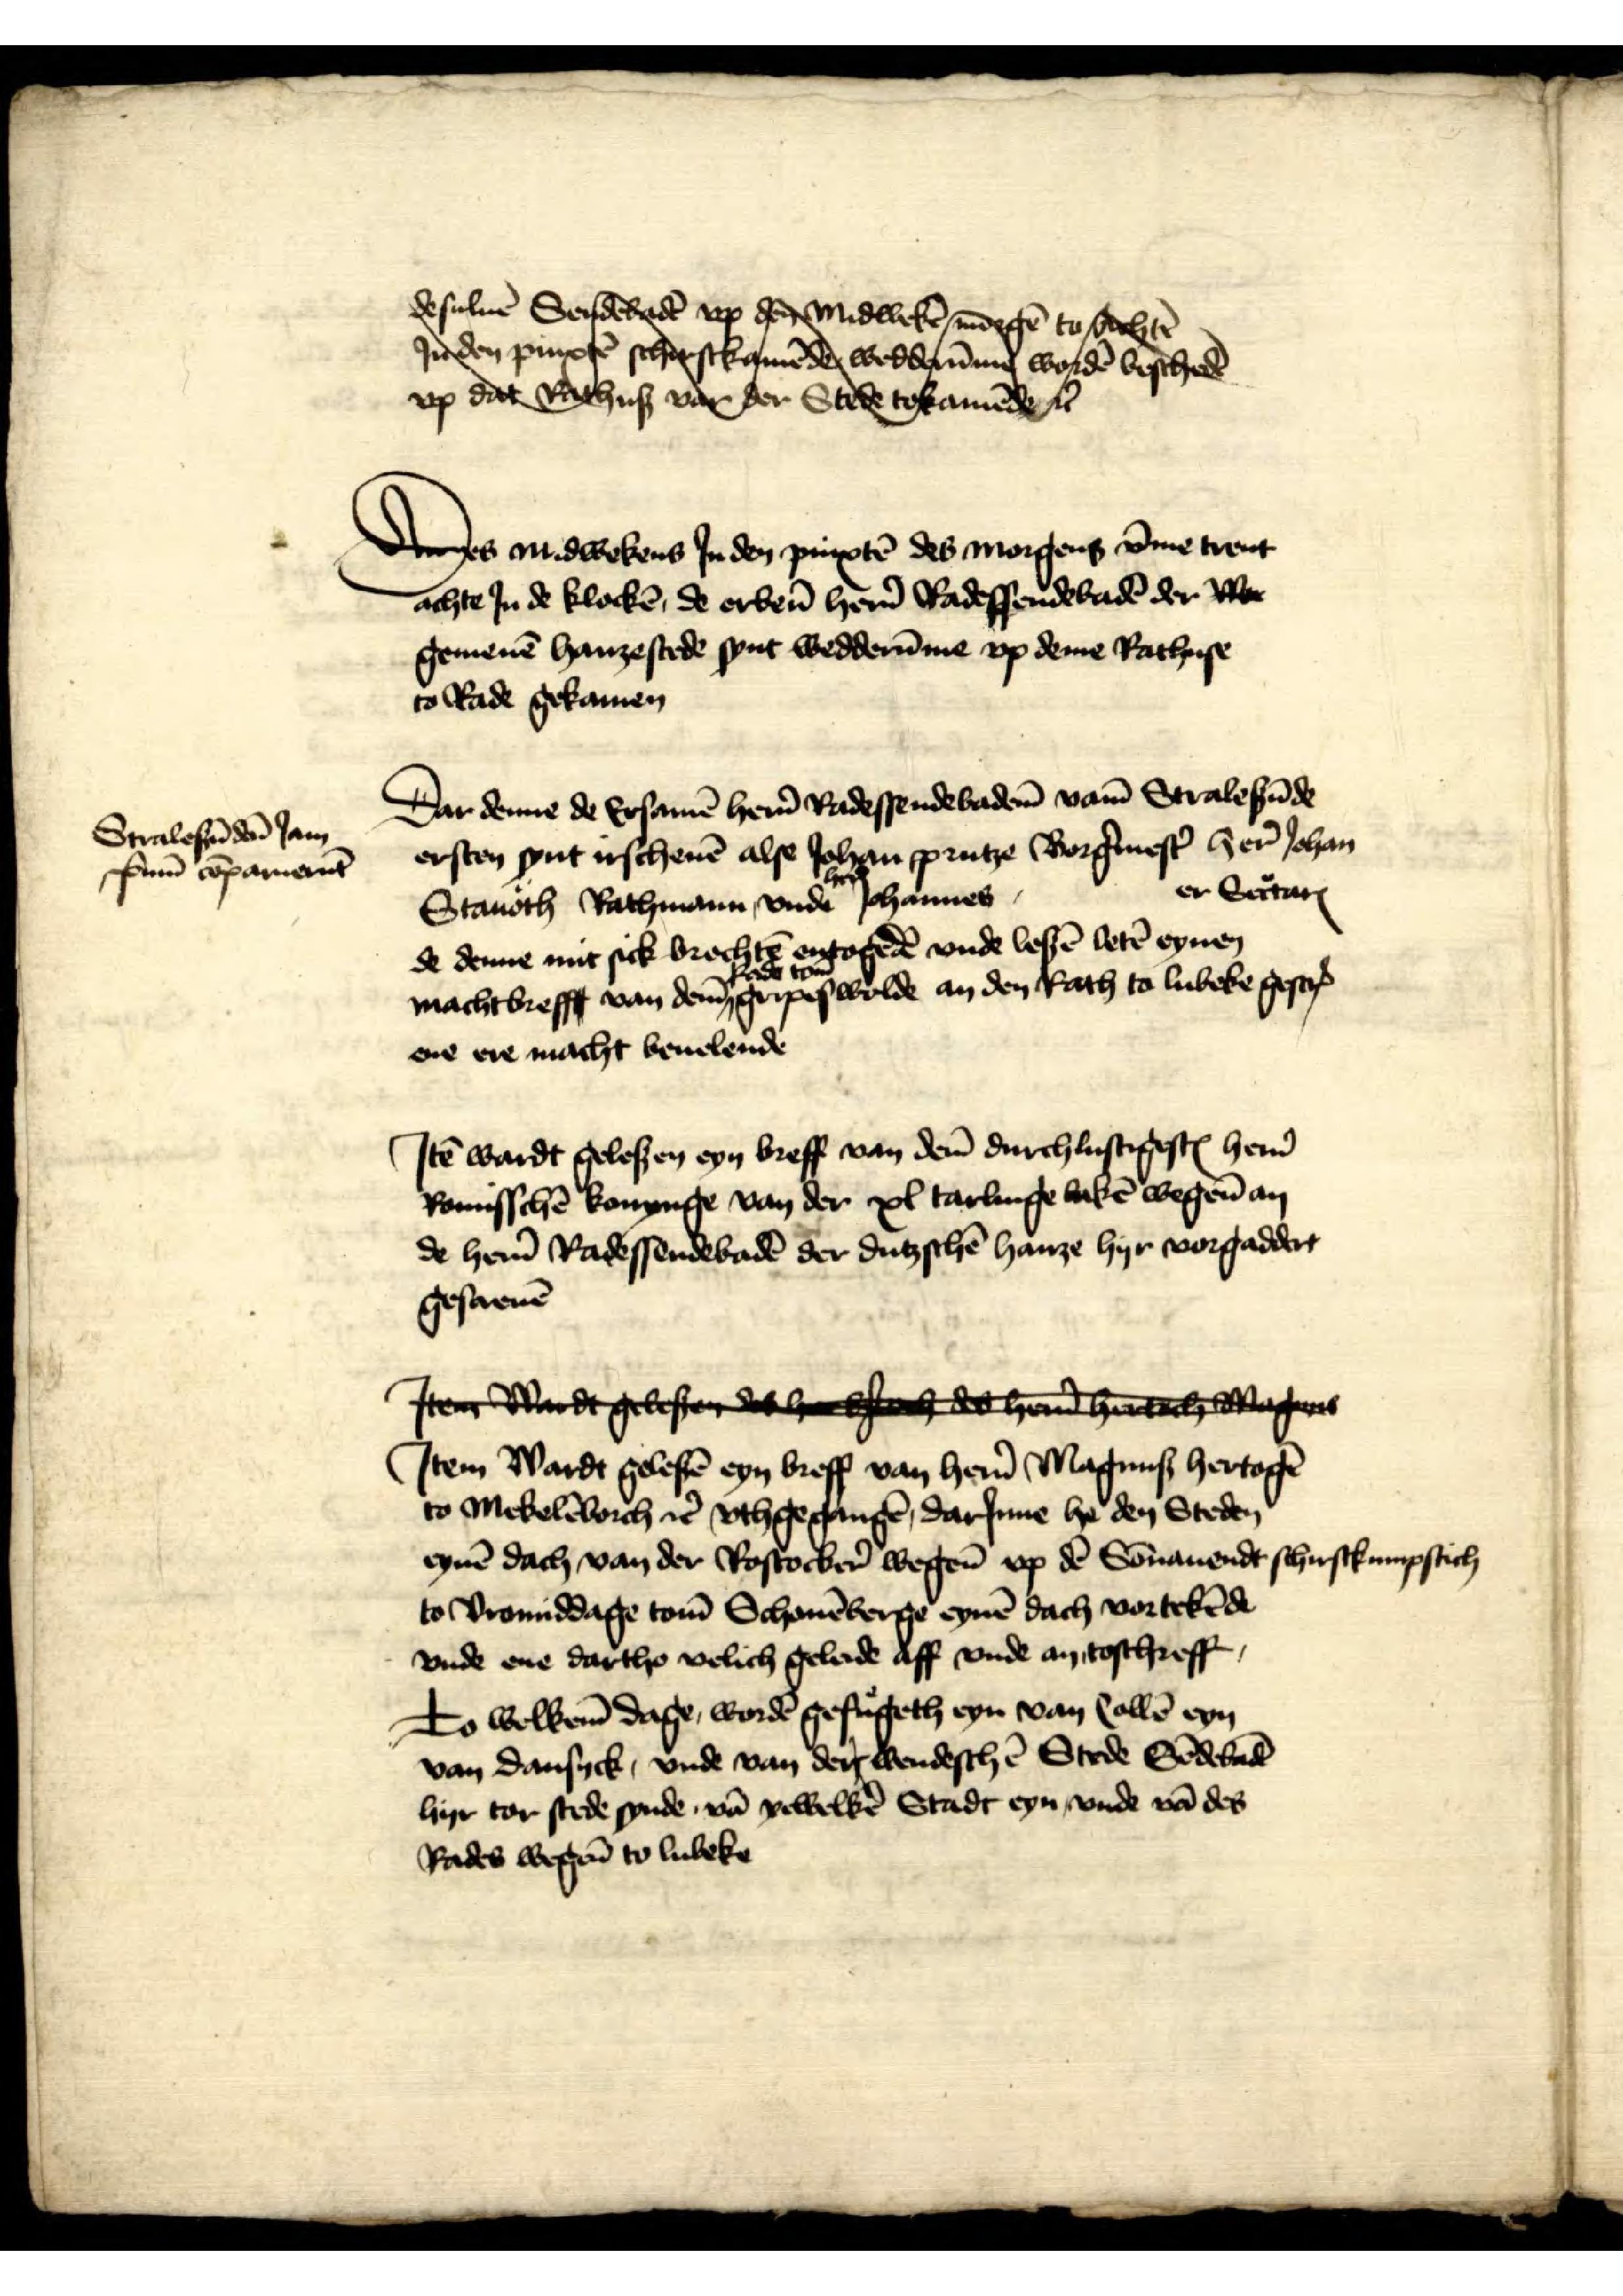
desuluē Seidēhede vp den midwekē moegēn to sochtē
zidden pincsē schir sckgimēdes wedderūmy wordē beschedē
vp dat Rtchuß var der Stede tokamēde et̉

Des midwekens Jn den pinxtē des morgens v̄me trent
achte Jn de klockē, de erben̄ her̉n Radessendebadē der W
gemenē hanzestede synt wedderūme vp deme Rathuse
to Rade gekamen

Stralesūdē Jam
pim copamer

Dar denne de Ersamē her̉n Radessendebadē vam̄ Stralesūde
ersten synt irschenē alse Johan Prutze Borg̉mest̉ Johan
Stauoth Rathmann vnde her Johannes er Sec̉tarꝬ
de denne mit sick brochtē entogēdē vnde lesē letē eynen
machtbrefff van dem̄ Rath tom̄ Gripeswolde an den Rath to Lubeke gescrꝬ
ene ere macht beuelende

Jtē wardt gelesen eyn breff van dem̄ durchlustigesꝬ her̉n
Romisschē konynge van der xl tarlinge lakē wegen̄ an
de her̉n Radessendebadē der dutzschē hanze hyr vorgaddert
gescreuē

Item Wardt gelesen das he H des heren Hertogen Magnus
Jtem Wardt gelesē eyn breff van her̉n Magnus hertogē
to Mekelēborch et̉ vthgegangē, darJnne he den Steden 
eynē dach van der Rostocker wegen̄ vp dē Sōnauendt schirsckumpstich
to Vromiddage tom̄ Schouēberge eynēen dach vortekēde
vnde ene dartho velich geleide aff vnde an toschreff
To welkem̄ dage wordē gefughet eyn van Collē eyn
van Dansyck, vnde van der wendeschē Stede Sēdebadē
hyr tor stede synde vā yewelkē Stadt eyn vnde vā des
Rades wegen̄ to Lubeke